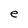
Character: e